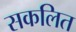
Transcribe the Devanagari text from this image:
सकलित